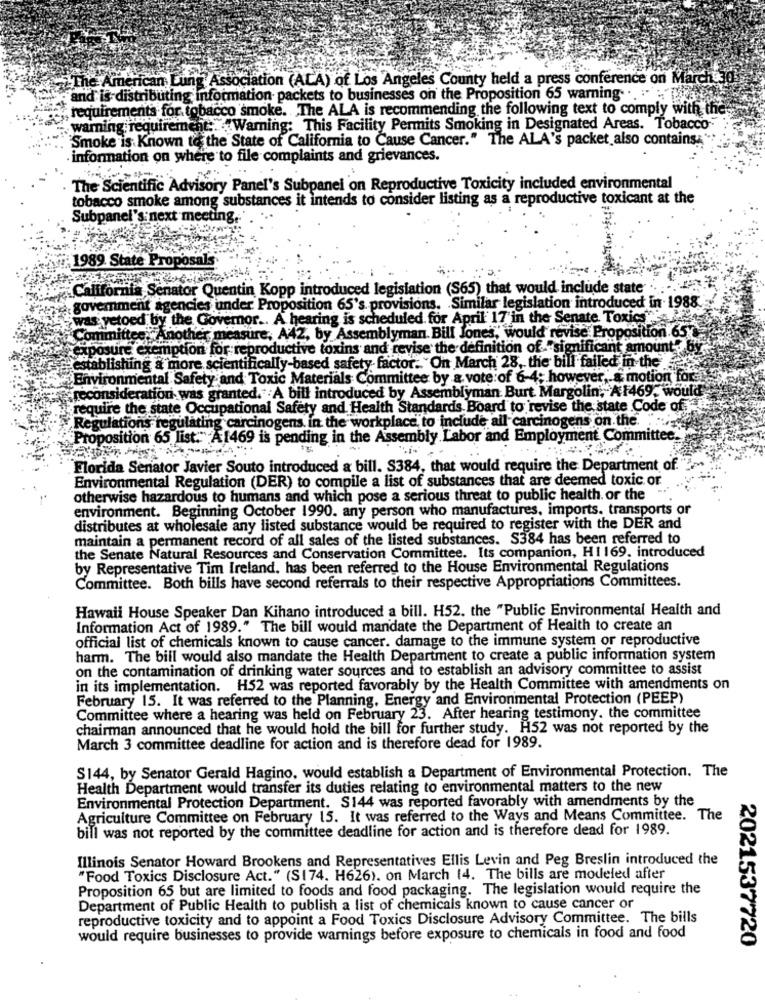
The American Lung Association (ALA) of Los Angeles County held a press conference on March3
"and is-distributing information packets to businesses on the Proposition 65 warning. .
requirements for tobacco smoke. The ALA is recommending the following text to comply with thess
warning requirement :. "Warning: This Facility Permits Smoking in Designated Areas. Tobacco
Smoke is Known to the State of California to Cause Cancer." The ALA's packet also contains;"
information on where to file complaints and grievances.
The Scientific Advisory Panel's Subpanel on Reproductive Toxicity included environmental
tobacco smoke among substances it intends to consider listing as a reproductive toxicant at the
Subpanel's next meeting.
1989. State Proposals
California Senator Quentin Kopp introduced legislation (S65) that would include state .....
government agencies under Proposition 65's provisions. Similar legislation introduced in 1988.
was vetoed by the Governor .. A hearing is scheduled for April 17'in the Senate Toxics
Committee: Another measure, A42, by Assemblyman. Bill Jones, would revise Proposition 65
exposure exemption for reproductive toxins and revise the definition of."significant amount? by
establishing a more scientifically-based safety factor. "On March 28, the bill failed in the
Environmental Safety and Toxic Materials Committee by & vote:of 6-4; however, a motion for
reconsiderationi was granted." A bill introduced by Assemblyman Burt Margolin, A1469, would
require the state Occupational Safety and Health Standards Board to revise the state Code of the
Regulations regulating carcinogens. in the workplace to include all carcinogens on the.
Proposition 65 list. A1469 is pending in the Assembly Labor and
Employment Com
Florida Senator Javier Souto introduced & bill. S384, that would require the Department of. ">
Environmental Regulation (DER) to compile a list of substances that are deemed toxic. or
otherwise hazardous to humans and which pose a serious threat to public health. or the
environment. Beginning October 1990. any person who manufactures, imports. transports or
distributes at wholesale any listed substance would be required to register with the DER and
maintain a permanent record of all sales of the listed substances. S384 has been referred to
the Senate Natural Resources and Conservation Committee. Its companion, H1169. introduced
by Representative Tim Ireland, has been referred to the House Environmental Regulations
Committee. Both bills have second referrals to their respective Appropriations Committees.
Hawaii House Speaker Dan Kihano introduced a bill. H52. the "Public Environmental Health and
Information Act of 1989." The bill would mandate the Department of Health to create an
official list of chemicals known to cause cancer. damage to the immune system or reproductive
harm. The bill would also mandate the Health Department to create a public information system
on the contamination of drinking water sources and to establish an advisory committee to assist
in its implementation. H52 was reported favorably by the Health Committee with amendments on
February 15. It was referred to the Planning. Energy and Environmental Protection (PEEP)
Committee where a hearing was held on February 23. After hearing testimony. the committee
chairman announced that he would hold the bill for further study. H52 was not reported by the
March 3 committee deadline for action and is therefore dead for 1989.
S144, by Senator Gerald Hagino, would establish a Department of Environmental Protection. The
Health Department would transfer its duties relating to environmental matters to the new
Environmental Protection Department. S144 was reported favorably with amendments by the
Agriculture Committee on February 15. It was referred to the Ways and Means Committee. The
bill was not reported by the committee deadline for action and is therefore dead for 1989.
Illinois Senator Howard Brookens and Representatives Ellis Levin and Peg Breslin introduced the
"Food Toxics Disclosure Act." (S174. H626). on March (4. The bills are modeled after
Proposition 65 but are limited to foods and food packaging. The legislation would require the
Department of Public Health to publish a list of chemicals known to cause cancer or
reproductive toxicity and to appoint a Food Toxics Disclosure Advisory Committee. The bills
would require businesses to provide warnings before exposure to chemicals in food and food
2021537720